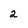
Character: 2